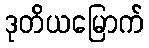
ဒုတိယမြောက်